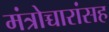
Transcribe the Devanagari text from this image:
मंत्रोच्चारांसह